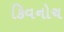
કિવનોચ